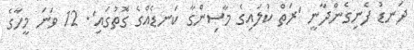
ދަނޑު ފެނިގެންދާނީ 'ރަތް ކުލައިގެ މާސިންގާ ކަނޑެއްގެ ގޮތުގައި'. 12 ވަނަ މީހާގެ